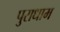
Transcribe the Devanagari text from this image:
पुराधाम